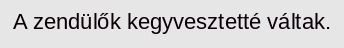
A zendülők kegyvesztetté váltak.